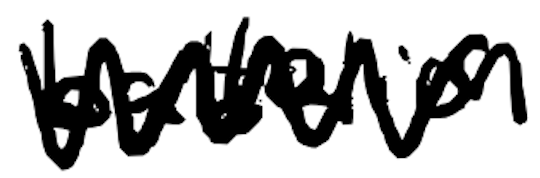
Text: battalion
Cross-out: zig-zag
Writing tool: digital_black